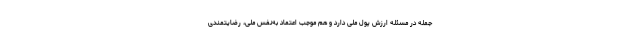
جمله در مسئله ارزش پول ملی دارد و هم موجب اعتماد به‌نفس ملی، رضایتمندی